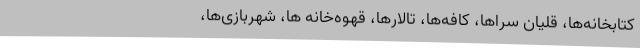
کتابخانه‌ها، قلیان سراها، کافه‌ها، تالارها، قهوه‌خانه ها، شهربازی‌ها،